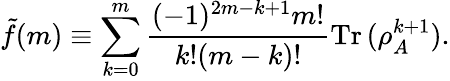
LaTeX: \tilde{f}(m)\equiv\sum_{k=0}^{m}\frac{(-1)^{2m-k+1}m!}{k!(m-k)!}\operatorname{Tr}{(\rho_{A}^{k+1})}.